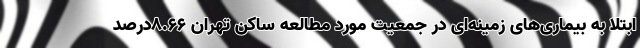
ابتلا به بیماری‌های زمینه‌ای در جمعیت مورد مطالعه ساکن تهران ۸.۶۶درصد